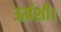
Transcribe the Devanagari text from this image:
ऊर्वशी।